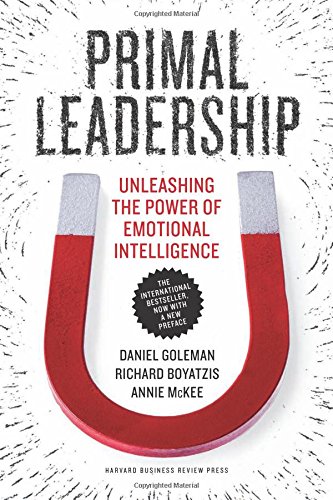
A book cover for Primal Leadership, With a New Preface by the Authors: Unleashing the Power of Emotional Intelligence; Daniel Goleman; Business & Money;